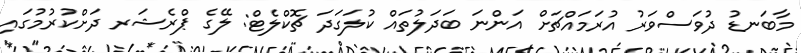
މާބަނޑު ދުވަސްވަރު އުރަމައްޗަށް އަންނަ ބަދަލުތައް ކުލަގަދަ ޗޮކްލެޓް: ލޭގެ ޕްރެޝަރ ދަށްކުރުމުގައި